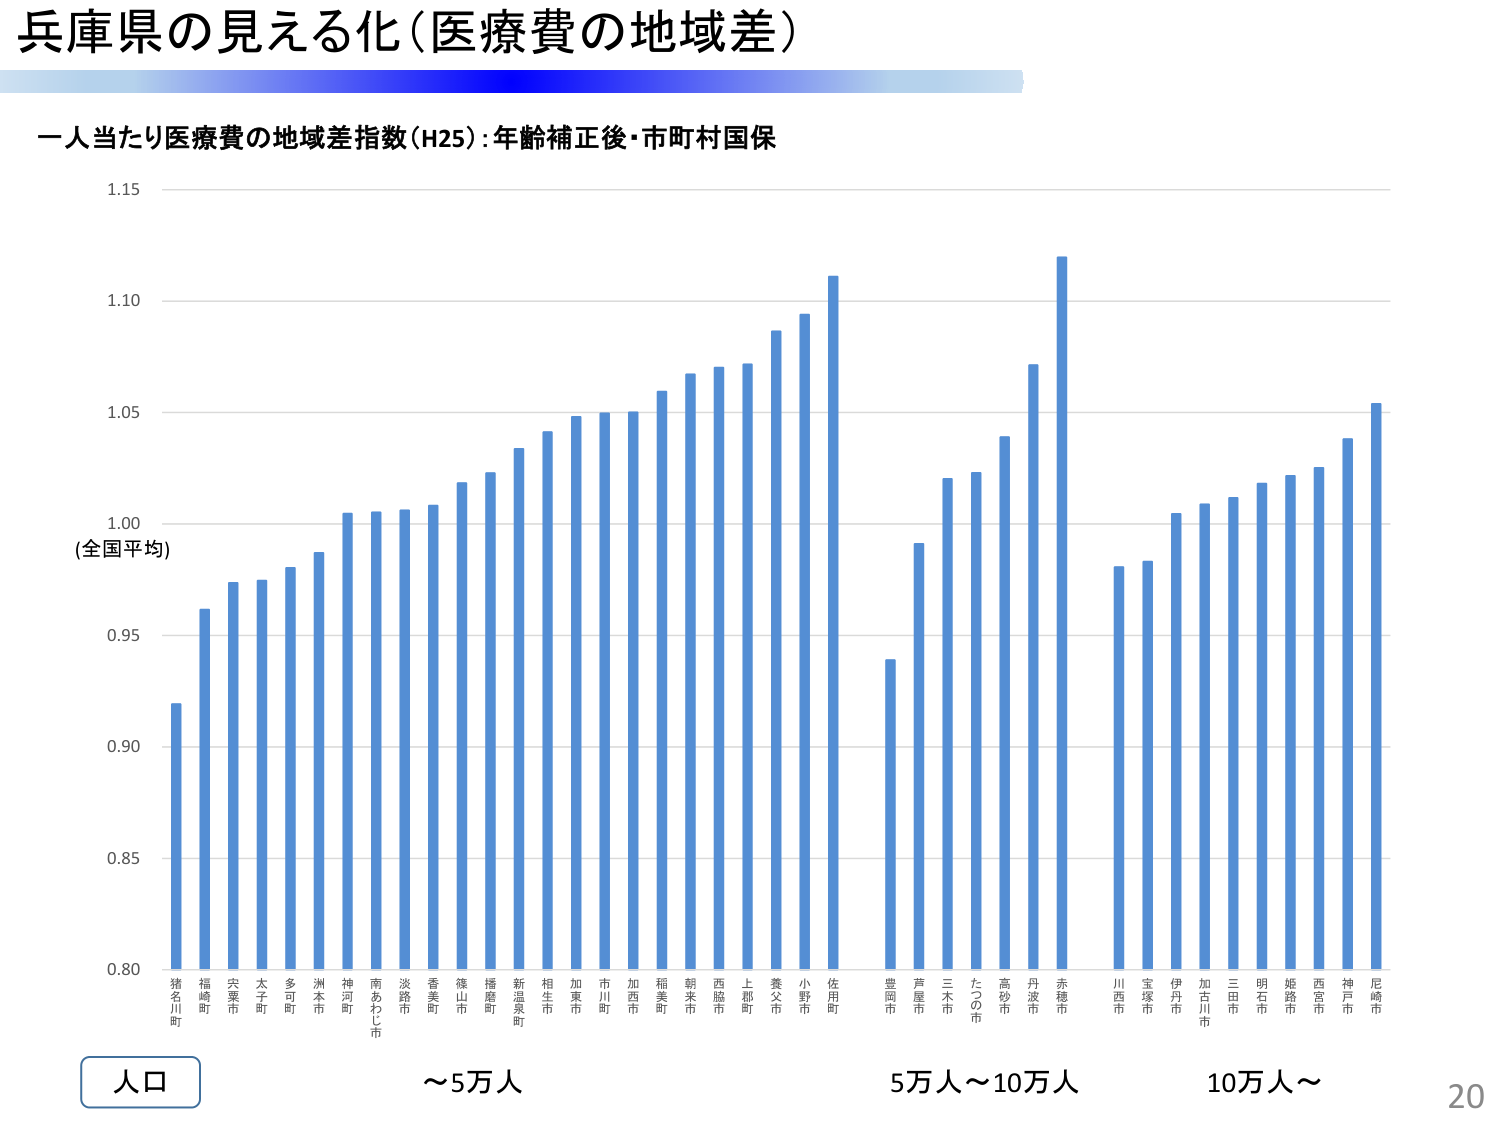
兵庫県の見える化（医療費の地域差）

一人当たり医療費の地域差指数（H25）：年齢補正後・市町村国保

1.15
1.10
1.05
1.00
（全国平均）
0.95
0.90
0.85
0.80

猪名川町
福崎町
宍粟市
太子町
多可町
洲本市
神河町
南あわじ市
淡路市
香美町
篠山市
播磨町
新温泉町
相生市
加東市
市川町
加西市
稲美町
朝来市
西脇市
上郡町
養父市
小野市
佐用町
豊岡市
芦屋市
三木市
たつの市
高砂市
丹波市
赤穂市
川西市
宝塚市
伊丹市
加古川市
三田市
明石市
姫路市
西宮市
神戸市
尼崎市

人口
～5万人
5万人～10万人
10万人～

20